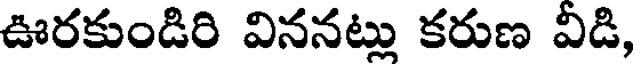
ఊరకుండిరి విననట్లు కరుణ విడి,